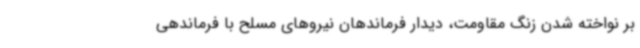
بر نواخته شدن زنگ مقاومت، دیدار فرماندهان نیروهای مسلح با فرماندهی